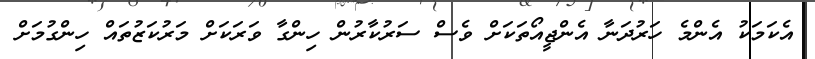
އެކަމަކު އެންމެ ހަރުދަނާ އެންޖީއޯތަކަށް ވެސް ސަރުކާރުން ހިންގާ ވަރަކަށް މަރުކަޒުތައް ހިންގުމަށް